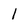
Character: 1